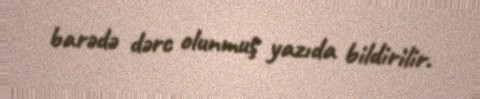
barədə dərc olunmuş yazıda bildirilir.